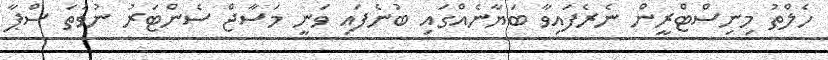
ހެލްތު މިނިސްޓްރީން ނެރެފައިވާ ބަޔާނެއްގައި ބުނެފައި ވަނީ މަސާޖް ސެންޓަރު ނުވަތަ ސްޕާ